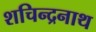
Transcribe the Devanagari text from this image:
शचिन्द्रनाथ